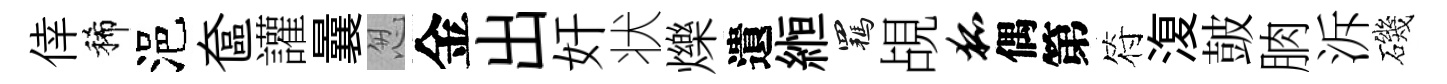
倖稀浥奩讙曩怱金出奸状爍遺縆羈覘狐偶第符𣸪皷朒泝磯